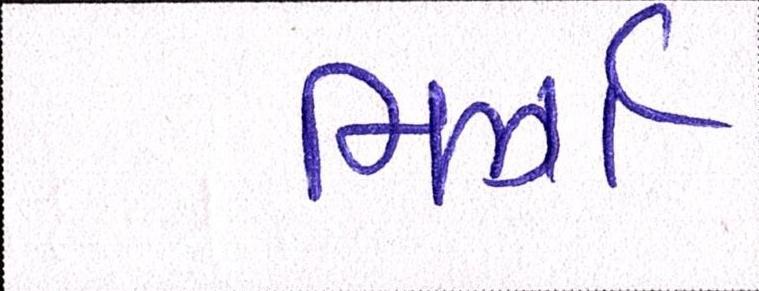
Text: મિર્ઝા